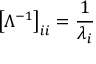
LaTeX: \left[ \Lambda ^ { - 1 } \right] _ { i i } = { \frac { 1 } { \lambda _ { i } } }